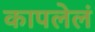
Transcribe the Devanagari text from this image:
कापलेलं